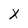
Character: X